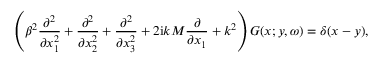
\left( \beta ^ { 2 } \frac { \partial ^ { 2 } } { \partial x _ { 1 } ^ { 2 } } + \frac { \partial ^ { 2 } } { \partial x _ { 2 } ^ { 2 } } + \frac { \partial ^ { 2 } } { \partial x _ { 3 } ^ { 2 } } + 2 \mathrm { i } k M \frac { \partial } { \partial x _ { 1 } } + k ^ { 2 } \right) G ( \boldsymbol { x } ; \boldsymbol { y } , \omega ) = \delta ( \boldsymbol { x } - \boldsymbol { y } ) ,